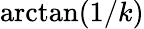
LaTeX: \arctan(1/k)